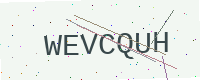
Text: WEVCQUH